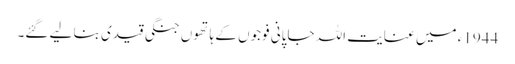
1944ء میں عنایت اللہ جاپانی فوجوں کے ہاتھوں جنگی قیدی بنا لیے گئے۔